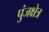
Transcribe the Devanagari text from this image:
पुंजक्षेत्र